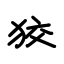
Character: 狡